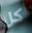
كل